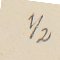
2/1